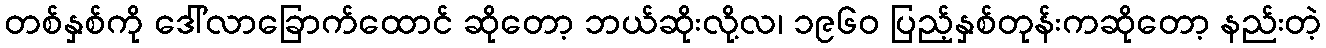
တစ်နှစ်ကို ဒေါ်လာခြောက်ထောင် ဆိုတော့ ဘယ်ဆိုးလို့လ၊ ၁၉၆၀ ပြည့်နှစ်တုန်းကဆိုတော့ နည်းတဲ့